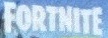
FPRTNITE